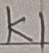
Text: K1